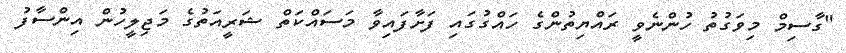
"ގާސިމް މިވަގުތު ހުންނެވީ ރައްޔިތުންގެ ހައްގުގައި ފަށާފައިވާ މަސައްކަތް ޝަރީއަތުގެ މަޖިލީހުން އިންސާފު